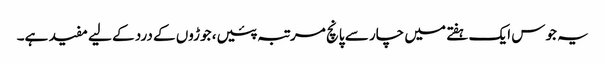
یہ جوس ایک ہفتے میں چار سے پانچ مرتبہ پئیں، جوڑوں کے درد کے لیے مفید ہے۔